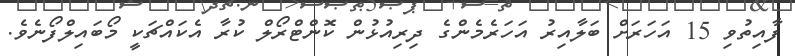
ފާއިތުވި 15 އަހަރަށް ބަލާއިރު އަހަރެމެންގެ ދިރިއުޅުން ކޮންޓްރޯލް ކުރާ އެކައްޗަކީ މޯބައިލްފޯނެވެ.